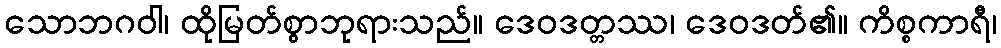
သောဘဂဝါ၊ ထိုမြတ်စွာဘုရားသည်။ ဒေဝဒတ္တဿ၊ ဒေဝဒတ်၏။ ကိစ္စကာရီ၊